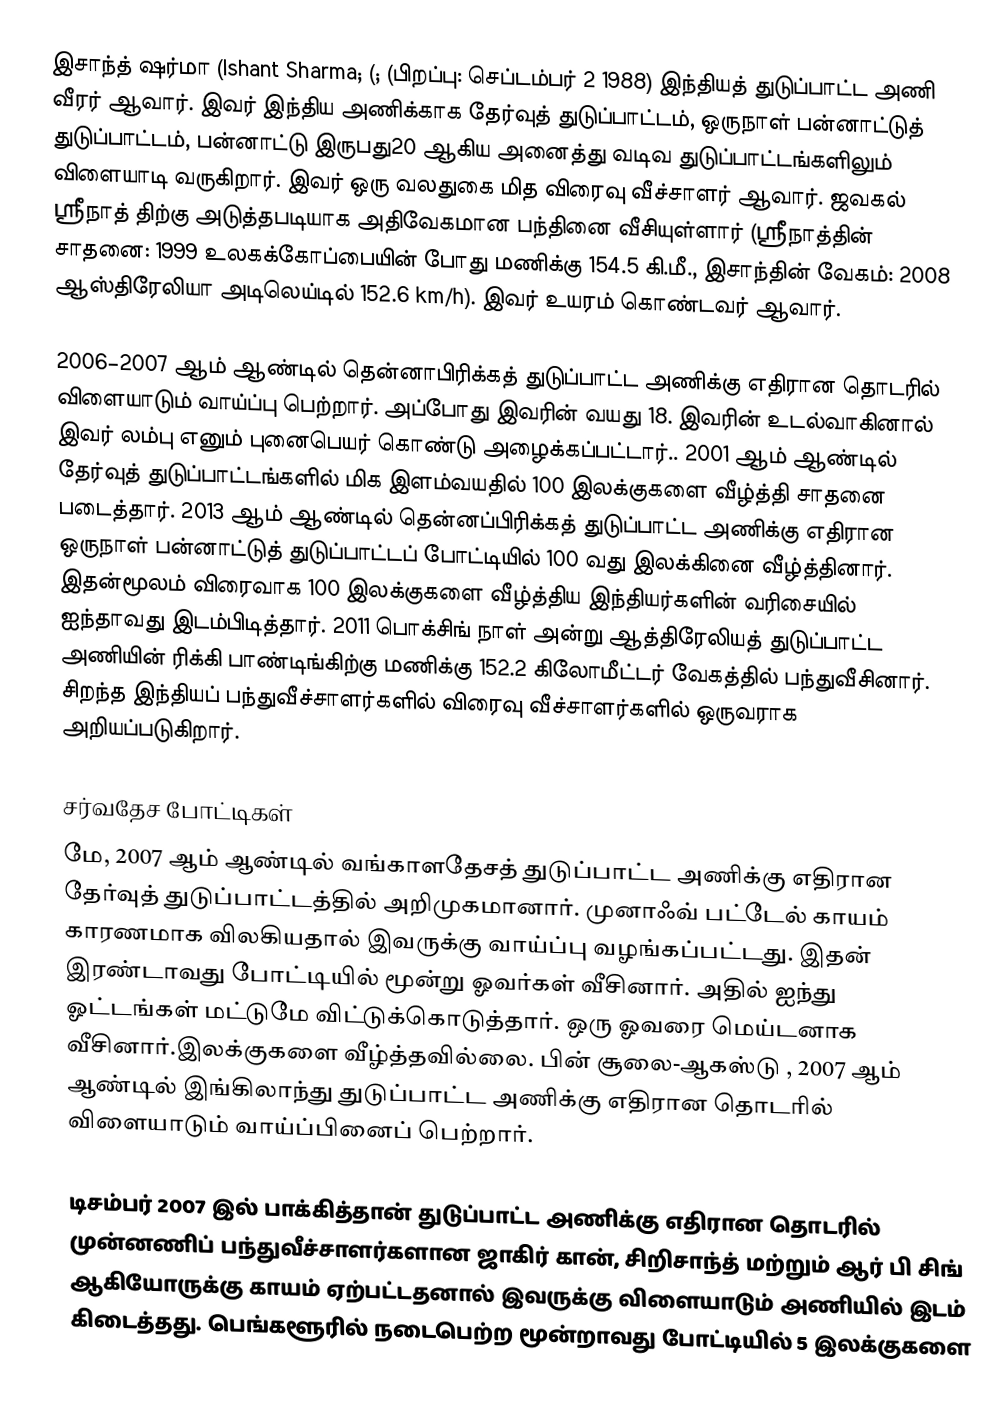
இசாந்த் ஷர்மா (Ishant Sharma; (; (பிறப்பு: செப்டம்பர் 2 1988) இந்தியத் துடுப்பாட்ட அணி வீரர் ஆவார். இவர் இந்திய அணிக்காக தேர்வுத் துடுப்பாட்டம், ஒருநாள் பன்னாட்டுத் துடுப்பாட்டம், பன்னாட்டு இருபது20 ஆகிய அனைத்து வடிவ துடுப்பாட்டங்களிலும் விளையாடி வருகிறார். இவர் ஒரு வலதுகை மித விரைவு வீச்சாளர் ஆவார். ஜவகல் ஸ்ரீநாத் திற்கு அடுத்தபடியாக அதிவேகமான பந்தினை வீசியுள்ளார் (ஸ்ரீநாத்தின் சாதனை: 1999 உலகக்கோப்பையின் போது மணிக்கு 154.5 கி.மீ., இசாந்தின் வேகம்: 2008 ஆஸ்திரேலியா அடிலெய்டில் 152.6 km/h). இவர்  உயரம் கொண்டவர் ஆவார்.

2006–2007 ஆம் ஆண்டில் தென்னாபிரிக்கத் துடுப்பாட்ட அணிக்கு எதிரான தொடரில் விளையாடும் வாய்ப்பு பெற்றார். அப்போது இவரின் வயது 18. இவரின் உடல்வாகினால் இவர் லம்பு எனும் புனைபெயர் கொண்டு அழைக்கப்பட்டார்.. 2001 ஆம் ஆண்டில் தேர்வுத் துடுப்பாட்டங்களில் மிக இளம்வயதில் 100 இலக்குகளை வீழ்த்தி சாதனை படைத்தார். 2013 ஆம் ஆண்டில் தென்னப்பிரிக்கத் துடுப்பாட்ட அணிக்கு எதிரான ஒருநாள் பன்னாட்டுத் துடுப்பாட்டப் போட்டியில் 100 வது இலக்கினை வீழ்த்தினார். இதன்மூலம் விரைவாக 100 இலக்குகளை வீழ்த்திய இந்தியர்களின் வரிசையில் ஐந்தாவது இடம்பிடித்தார். 2011 பொக்சிங் நாள் அன்று ஆத்திரேலியத் துடுப்பாட்ட அணியின் ரிக்கி பாண்டிங்கிற்கு மணிக்கு 152.2 கிலோமீட்டர் வேகத்தில் பந்துவீசினார். சிறந்த  இந்தியப் பந்துவீச்சாளர்களில் விரைவு வீச்சாளர்களில் ஒருவராக அறியப்படுகிறார்.

சர்வதேச போட்டிகள்
மே, 2007 ஆம் ஆண்டில் வங்காளதேசத் துடுப்பாட்ட அணிக்கு எதிரான தேர்வுத் துடுப்பாட்டத்தில் அறிமுகமானார். முனாஃவ் பட்டேல் காயம் காரணமாக விலகியதால் இவருக்கு வாய்ப்பு வழங்கப்பட்டது. இதன் இரண்டாவது போட்டியில் மூன்று ஓவர்கள் வீசினார். அதில் ஐந்து ஓட்டங்கள் மட்டுமே விட்டுக்கொடுத்தார். ஒரு ஓவரை மெய்டனாக வீசினார்.இலக்குகளை வீழ்த்தவில்லை. பின் சூலை-ஆகஸ்டு , 2007 ஆம் ஆண்டில் இங்கிலாந்து துடுப்பாட்ட அணிக்கு எதிரான தொடரில் விளையாடும் வாய்ப்பினைப் பெற்றார்.

டிசம்பர் 2007 இல் பாக்கித்தான் துடுப்பாட்ட அணிக்கு எதிரான தொடரில் முன்னணிப் பந்துவீச்சாளர்களான ஜாகிர் கான், சிறிசாந்த் மற்றும் ஆர் பி சிங் ஆகியோருக்கு காயம் ஏற்பட்டதனால் இவருக்கு விளையாடும் அணியில் இடம் கிடைத்தது. பெங்களூரில் நடைபெற்ற மூன்றாவது போட்டியில் 5 இலக்குகளை